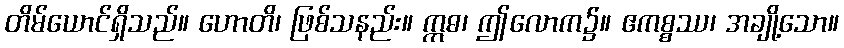
တိမ်ယောင်ရှိသည်။ ဟောတိ၊ ဖြစ်သနည်း။ ဣဓ၊ ဤလောက၌။ ဧကစ္စဿ၊ အချို့သော။